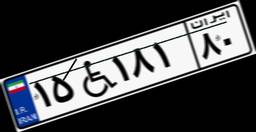
۱۵W۱۸۱۸۰